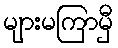
များမကြာမှီ